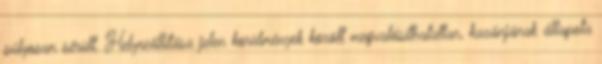
súlyosan sérült. Helyreállítása jelen körülmények között megvalósíthatatlan, kazánjának állapota